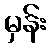
မှန်း